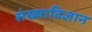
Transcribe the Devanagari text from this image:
संख्याविज्ञान